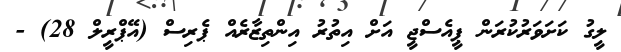
ލީގު ކަށަވަރުކުރަން ޕީއެސްޖީ އަށް އިތުރު އިންތިޒާރެއް ޕެރިސް (އޭޕްރީލް 28) -